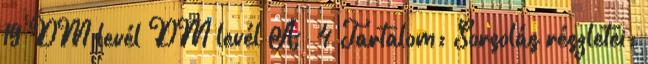
19 DM levél DM levél A 4 Tartalom: Sorsolás részletei: